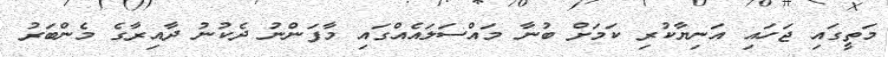
މަތީގައި ޖަހައި އަނިޔާކުރި ކަމަށް ބުނާ މައްސަލައެއްގައި މާފަންނު ދެކުނު ދާއިރާގެ މެންބަރު